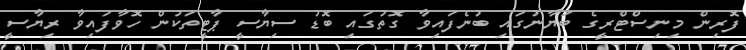
ފޮރިން މިނިސްޓްރީގެ ބަޔާނުގައި ބުނެފައިވާ ގޮތުގައި ބޮޑު ސިޔާސީ ޕާޓީތަކުން ހޮވާފައިވާ ރިޔާސީ